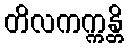
တိလကက္ကန္တိ